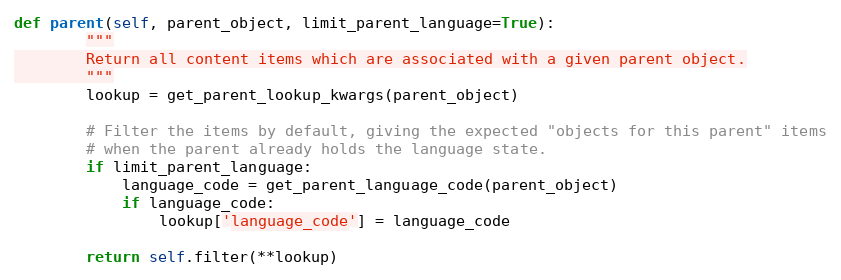
Language: Python
def parent(self, parent_object, limit_parent_language=True):
        """
        Return all content items which are associated with a given parent object.
        """
        lookup = get_parent_lookup_kwargs(parent_object)

        # Filter the items by default, giving the expected "objects for this parent" items
        # when the parent already holds the language state.
        if limit_parent_language:
            language_code = get_parent_language_code(parent_object)
            if language_code:
                lookup['language_code'] = language_code

        return self.filter(**lookup)